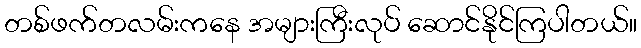
တစ်ဖက်တလမ်းကနေ အများကြီးလုပ် ဆောင်နိုင်ကြပါတယ်။